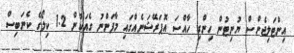
އިންޓަލިޖެންސް ޔުނިޓުން ހިންގި ހާއްސަ އޮޕަރޭޝަނެއްގައި މާފަންނު ގެއަކުން 1.2 ކިލޯގެ ކެނަބިސް